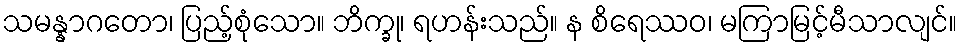
သမန္နာဂတော၊ ပြည့်စုံသော။ ဘိက္ခု၊ ရဟန်းသည်။ န စိရေဿဝ၊ မကြာမြင့်မီသာလျင်။